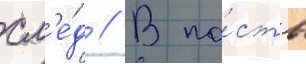
сл'е́д // В па́сть